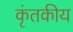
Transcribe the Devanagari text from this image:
कृंतकीय